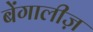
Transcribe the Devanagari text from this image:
बेंगालीज़